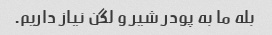
بله ما به پودر شیر و لگن نیاز داریم.